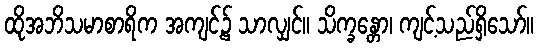
ထိုအဘိသမာစာရိက အကျင့်၌ သာလျှင်။ သိက္ခန္တော၊ ကျင့်သည်ရှိသော်။